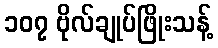
၁၀၇ ဗိုလ်ချုပ်ဖြိုးသန့်